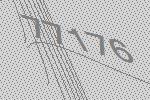
77176